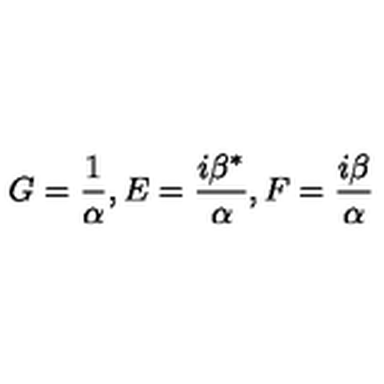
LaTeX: G = \frac 1 \alpha , E = \frac { i \beta ^ { * } } \alpha , F = \frac { i \beta } \alpha